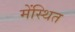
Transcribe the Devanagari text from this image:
मेंस्थित